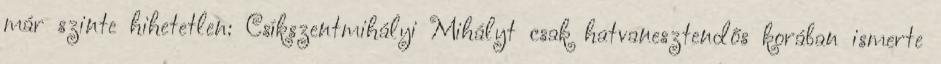
már szinte hihetetlen: Csíkszentmihályi Mihályt csak hatvanesztendős korában ismerte